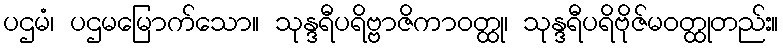
ပဌမံ၊ ပဌမမြောက်သော။ သုန္ဒရီပရိဗ္ဗာဇိကာဝတ္ထု၊ သုန္ဒရီပရိဗိုဇ်မဝတ္ထုတည်း။